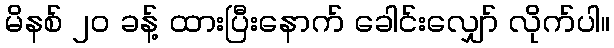
မိနစ် ၂၀ ခန့် ထားပြီးနောက် ခေါင်းလျှော် လိုက်ပါ။